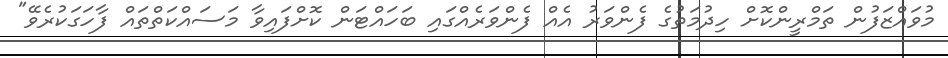
މުވައްޒަފުން ތަމްރީންކޮށް ހިދުމަތުގެ ފެންވަރު އެއް ފެންވަރެއްގައި ބަހައްޓަން ކޮށްފައިވާ މަސައްކަތްތައް ފާހަގަކުރެވޭ"